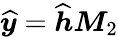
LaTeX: \widehat{\boldsymbol{y}}=\widehat{\boldsymbol{h}}\boldsymbol{M}_{2}